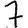
Digit: 7